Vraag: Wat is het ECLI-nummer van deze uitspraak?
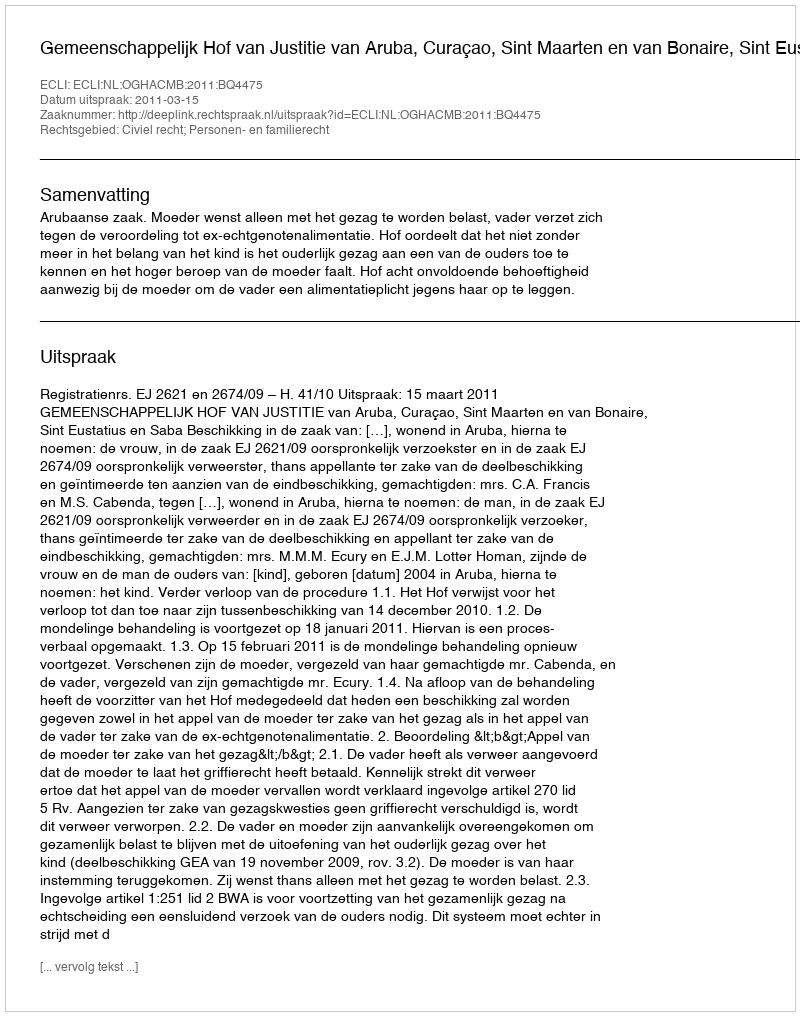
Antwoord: ECLI:NL:OGHACMB:2011:BQ4475